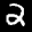
Label: 2